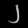
Digit: ၂